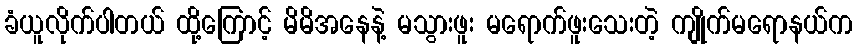
ခံယူလိုက်ပါတယ် ထို့ကြောင့် မိမိအနေနဲ့ မသွားဖူး မရောက်ဖူးသေးတဲ့ ကျိုက်မရောနယ်က